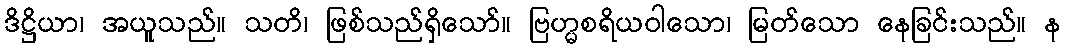
ဒိဋ္ဌိယာ၊ အယူသည်။ သတိ၊ ဖြစ်သည်ရှိသော်။ ဗြဟ္မစရိယဝါသော၊ မြတ်သော နေခြင်းသည်။ န